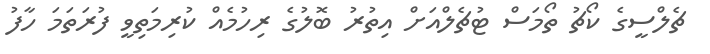
ޗެލްސީގެ ކޯޗު ތޯމަސް ޓުޗެލްއަށް އިތުރު ބޮލުގެ ރިހުމެއް ކުރިމަތިވީ ފުރަތަމަ ހާފު